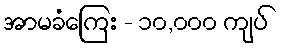
အာမခံကြေး - ၁၀,၀၀၀ ကျပ်